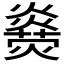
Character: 𤑋